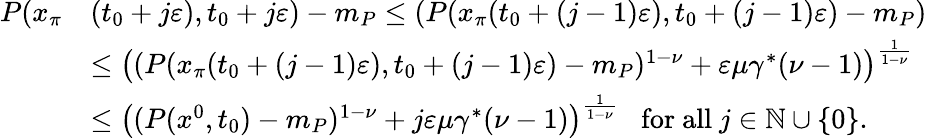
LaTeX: \begin{array}{rl}{P(x_{\pi}}&{(t_{0}+j\varepsilon),t_{0}+j\varepsilon)-m_{P}\le(P(x_{\pi}(t_{0}+(j-1)\varepsilon),t_{0}+(j-1)\varepsilon)-m_{P})}\\ &{\le\big((P(x_{\pi}(t_{0}+(j-1)\varepsilon),t_{0}+(j-1)\varepsilon)-m_{P})^{1-\nu}+\varepsilon\mu\gamma^{*}(\nu-1)\big)^{\frac{1}{1-\nu}}}\\ &{\le\big((P(x^{0},t_{0})-m_{P})^{1-\nu}+j\varepsilon\mu\gamma^{*}(\nu-1)\big)^{\frac{1}{1-\nu}}\; \; \mathrm{~for~all~}j\in\mathbb N\cup\{ 0\} .}\end{array}